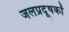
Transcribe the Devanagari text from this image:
जलप्रदूषकों